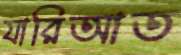
যারিআত